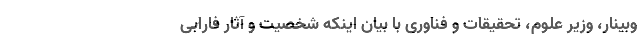
وبینار، وزیر علوم، تحقیقات و فناوری با بیان اینکه شخصیت و آثار فارابی